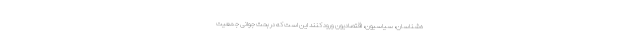
ه‌شناسان، سیاسیون، اقتصادیون ورود کنند این است که در بحث جوانی جمعیت